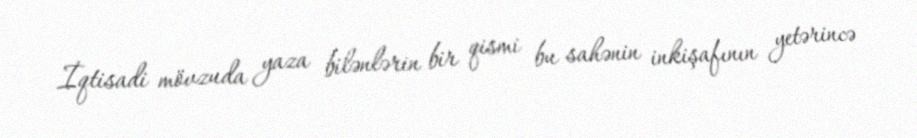
İqtisadi mövzuda yaza bilənlərin bir qismi bu sahənin inkişafının yetərincə